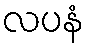
လပနံ